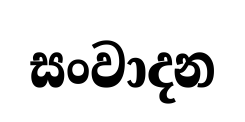
සංවාදන